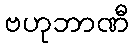
ဗဟုဘာဏီ